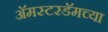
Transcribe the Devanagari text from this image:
अॅमस्टरडॅमच्या